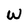
Character: W